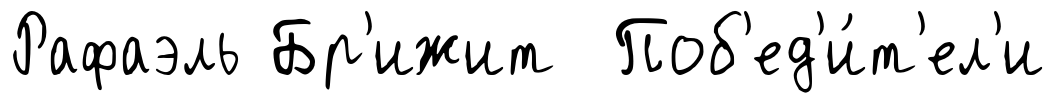
Рафаэль Бр'ижит Поб'ед'и́т'ел'и